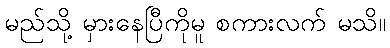
မည်သို့ မှားနေပြီကိုမူ စကားလက် မသိ။